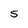
Character: 5